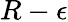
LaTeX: R-\epsilon